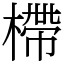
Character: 㯂